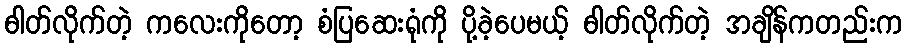
ဓါတ်လိုက်တဲ့ ကလေးကိုတော့ စံပြဆေးရုံကို ပို့ခဲ့ပေမယ့် ဓါတ်လိုက်တဲ့ အချိန်ကတည်းက